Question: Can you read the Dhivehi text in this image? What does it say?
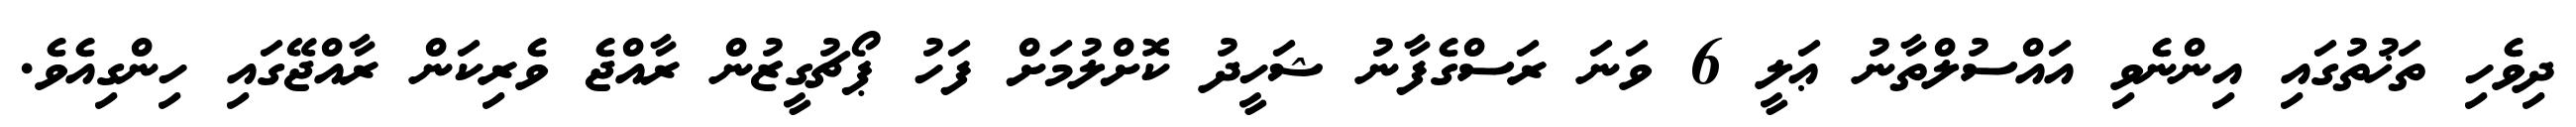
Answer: ދިވެހި ތަޚުތުގައި އިންނެވި އައްސުލްތާނު ޢަލީ 6 ވަނަ ރަސްގެފާނު ޝަހީދު ކޮށްލުމަށް ފަހު ޕޯޗުގީޒުން ރާއްޖެ ވެރިކަން ރާއްޖޭގައި ހިންގިއެވެ.